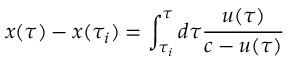
x ( \tau ) - x ( \tau _ { i } ) = \int _ { \tau _ { i } } ^ { \tau } d \tau \frac { u ( \tau ) } { c - u ( \tau ) }